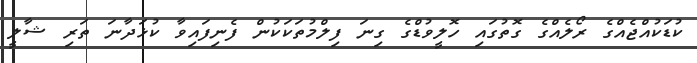
ކުޑަކުއްޖެއްގެ ރޯލެއްގެ ގޮތުގައި ހޮލީވުޑްގެ ގިނަ ފިލްމުތަކަކުން ފެނިފައިވާ ކުޅަދާނަ ތަރި ޝާލީ